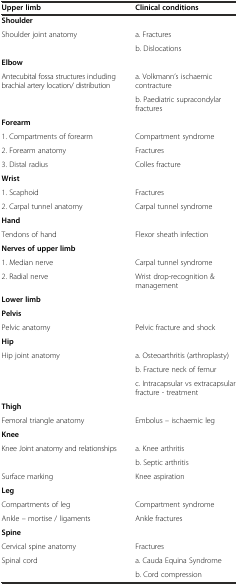
<table><thead><tr><td><b>Upper limb</b></td><td><b>Clinical conditions</b></td></tr></thead><tbody><tr><td><b>Shoulder</b></td><td></td></tr><tr><td>Shoulder joint anatomy</td><td>a. Fractures</td></tr><tr><td></td><td>b. Dislocations</td></tr><tr><td><b>Elbow</b></td><td></td></tr><tr><td>Antecubital fossa structures including brachial artery location/ distribution</td><td>a. Volkmann’s ischaemic contracture</td></tr><tr><td></td><td>b. Paediatric supracondylar fractures</td></tr><tr><td><b>Forearm</b></td><td></td></tr><tr><td>1. Compartments of forearm</td><td>Compartment syndrome</td></tr><tr><td>2. Forearm anatomy</td><td>Fractures</td></tr><tr><td>3. Distal radius</td><td>Colles fracture</td></tr><tr><td><b>Wrist</b></td><td></td></tr><tr><td>1. Scaphoid</td><td>Fractures</td></tr><tr><td>2. Carpal tunnel anatomy</td><td>Carpal tunnel syndrome</td></tr><tr><td><b>Hand</b></td><td></td></tr><tr><td>Tendons of hand</td><td>Flexor sheath infection</td></tr><tr><td><b>Nerves of upper limb</b></td><td></td></tr><tr><td>1. Median nerve</td><td>Carpal tunnel syndrome</td></tr><tr><td>2. Radial nerve</td><td>Wrist drop-recognition &amp; management</td></tr><tr><td><b>Lower limb</b></td><td></td></tr><tr><td><b>Pelvis</b></td><td></td></tr><tr><td>Pelvic anatomy</td><td>Pelvic fracture and shock</td></tr><tr><td><b>Hip</b></td><td></td></tr><tr><td>Hip joint anatomy</td><td>a. Osteoarthritis (arthroplasty)</td></tr><tr><td></td><td>b. Fracture neck of femur</td></tr><tr><td></td><td>c. Intracapsular vs extracapsular fracture - treatment</td></tr><tr><td><b>Thigh</b></td><td></td></tr><tr><td>Femoral triangle anatomy</td><td>Embolus -- ischaemic leg</td></tr><tr><td><b>Knee</b></td><td></td></tr><tr><td>Knee Joint anatomy and relationships</td><td>a. Knee arthritis</td></tr><tr><td></td><td>b. Septic arthritis</td></tr><tr><td>Surface marking</td><td>Knee aspiration</td></tr><tr><td><b>Leg</b></td><td></td></tr><tr><td>Compartments of leg</td><td>Compartment syndrome</td></tr><tr><td>Ankle -- mortise / ligaments</td><td>Ankle fractures</td></tr><tr><td><b>Spine</b></td><td></td></tr><tr><td>Cervical spine anatomy</td><td>Fractures</td></tr><tr><td>Spinal cord</td><td>a. Cauda Equina Syndrome</td></tr><tr><td></td><td>b. Cord compression</td></tr></tbody></table>